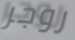
روجر